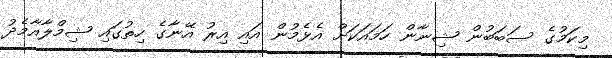
މިކަމުގެ ސަބަބުން ޝިނާން ހަމައަކަށް އެޅެމުން އައި އިރު އޭނާގެ ހިތުގައި ޝިމްލާއާމެދު